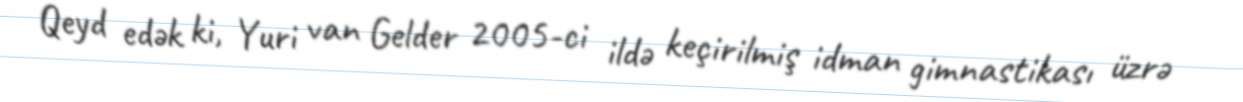
Qeyd edək ki, Yuri van Gelder 2005-ci ildə keçirilmiş idman gimnastikası üzrə